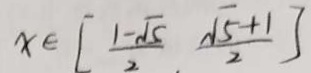
x \in [ \frac { 1 - \sqrt { 5 } } { 2 } , \frac { \sqrt { 5 } + 1 } { 2 } ]